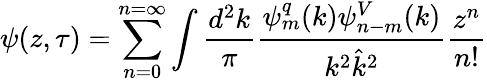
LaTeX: \psi(z,\tau)=\sum_{n=0}^{n=\infty}\int\frac{d^{2}k}{\pi}\frac{\psi_{m}^{q}(k)\psi_{n-m}^{V}(k)}{k^{2}\hat{k}^{2}}\frac{z^{n}}{n!}